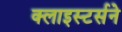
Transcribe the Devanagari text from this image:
क्लाइस्टर्सने